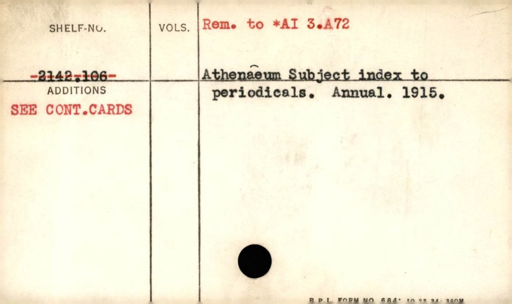
Label: content